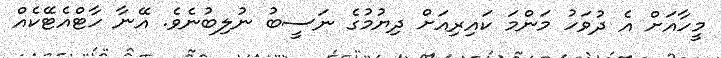
މީހާއަށް އެ ދުވަހު މަންމަ ކައިރިއަށް ދިޔުމުގެ ނަސީބު ނުލިބުނެވެ. އޭނާ ހާޓްއެޓޭކެއް